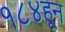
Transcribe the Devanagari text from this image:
१८४हून